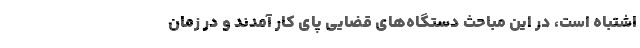
اشتباه است، در این مباحث دستگاه‌های قضایی پای کار آمدند و در زمان